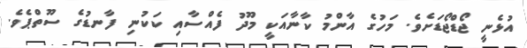
އުޅެނީ ޖޯޑްޖޯޑަށެވެ. މަހުގެ އާންމު ކާނާއަކީ މޫދު ފެއްސާއި ކަކުނި ފާނޑުގެ ސޫތްޕެވެ.